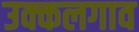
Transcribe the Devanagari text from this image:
उक्कलगाव